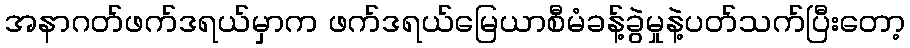
အနာဂတ်ဖက်ဒရယ်မှာက ဖက်ဒရယ်မြေယာစီမံခန့်ခွဲမှုနဲ့ပတ်သက်ပြီးတော့